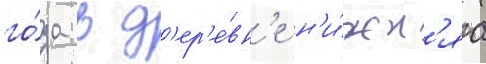
го́да в д'ер'е́вн'е н'и́жн'яа